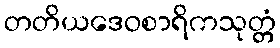
တတိယဒေဝစာရိကသုတ္တံ